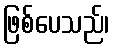
ဖြစ်ပေသည်၊